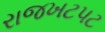
રાજખટપટ